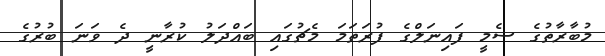
މުބާރާތުގެ ސެމީ ފައިނަލްގެ ފުރަތަމަ މެޗުގައި ބައްދަލު ކުރާނީ ދެ ވަނަ ބުރުގެ